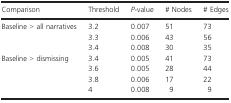
<table><thead><tr><td><b>Comparison</b></td><td><b>Threshold</b></td><td><b><i>P</i>‐value</b></td><td><b># Nodes</b></td><td><b># Edges</b></td></tr></thead><tbody><tr><td rowspan="3">Baseline &gt; all narratives</td><td>3.2</td><td>0.007</td><td>51</td><td>73</td></tr><tr><td>3.3</td><td>0.006</td><td>43</td><td>56</td></tr><tr><td>3.4</td><td>0.008</td><td>30</td><td>35</td></tr><tr><td rowspan="4">Baseline &gt; dismissing</td><td>3.4</td><td>0.005</td><td>41</td><td>73</td></tr><tr><td>3.6</td><td>0.005</td><td>28</td><td>44</td></tr><tr><td>3.8</td><td>0.006</td><td>17</td><td>22</td></tr><tr><td>4</td><td>0.008</td><td>9</td><td>9</td></tr></tbody></table>